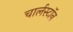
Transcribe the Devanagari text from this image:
चार्लस्टॉन